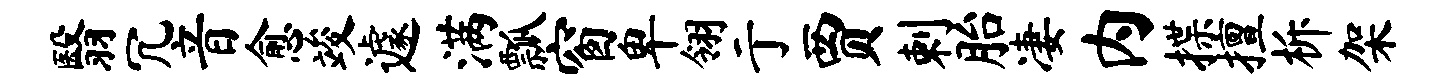
翳冗音愈竣遽满瓢窗卑翎亍贾剌胎凄内揲擅柝架